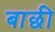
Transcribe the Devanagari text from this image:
बाछी